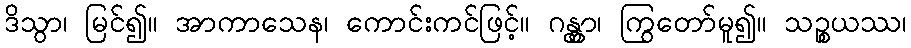
ဒိသွာ၊ မြင်၍။ အာကာသေန၊ ကောင်းကင်ဖြင့်။ ဂန္တွာ၊ ကြွတော်မူ၍။ သဉ္စယဿ၊